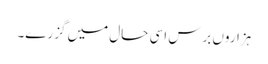
ہزاروں برس اسی حال میں گزرے۔